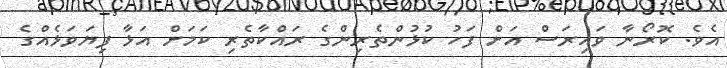
އެވެ. ކޮރޯނާ ވައިރަސް އަށް ފަހު ކުޅުންތެރިންގެ ރައްކާތެރި ކަމަށް އަޅާ ފިޔަވަޅެއްގެ